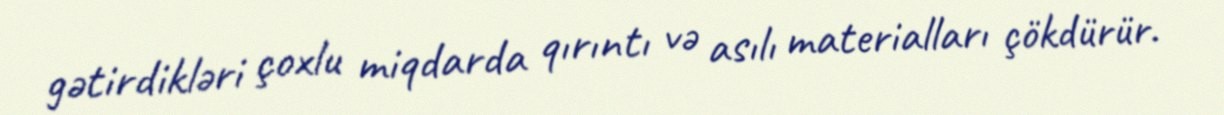
gətirdikləri çoxlu miqdarda qırıntı və asılı materialları çökdürür.